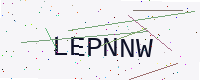
Text: LEPNNW